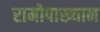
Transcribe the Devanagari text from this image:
रामोपाख्यान